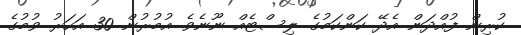
ކުރިން ފުއްދަން އެދޭ ކަންކަމުގެ ލިސްޓެއް ނޫނެވެ އުމުރުން 30 އަހަރު ވުމުގެ